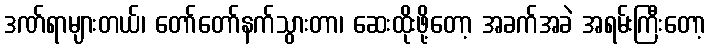
ဒဏ်ရာများတယ်၊ တော်တော်နက်သွားတာ၊ ဆေးထိုးဖို့တော့ အခက်အခဲ အရမ်းကြီးတော့